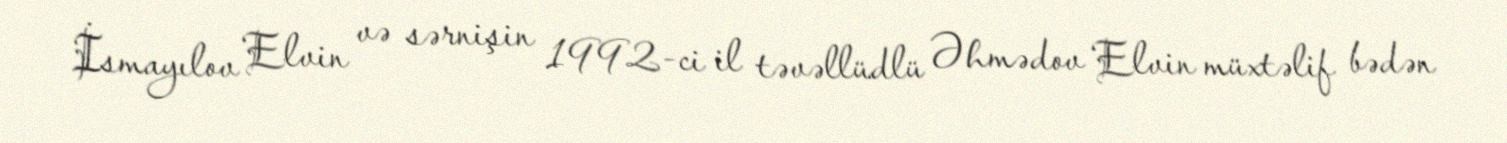
İsmayılov Elvin və sərnişin 1992-ci il təvəllüdlü Əhmədov Elvin müxtəlif bədən